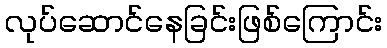
လုပ်ဆောင်နေခြင်းဖြစ်ကြောင်း